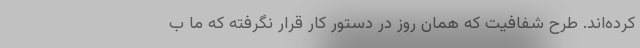
کرده‌اند. طرح شفافیت که همان روز در دستور کار قرار نگرفته که ما ب